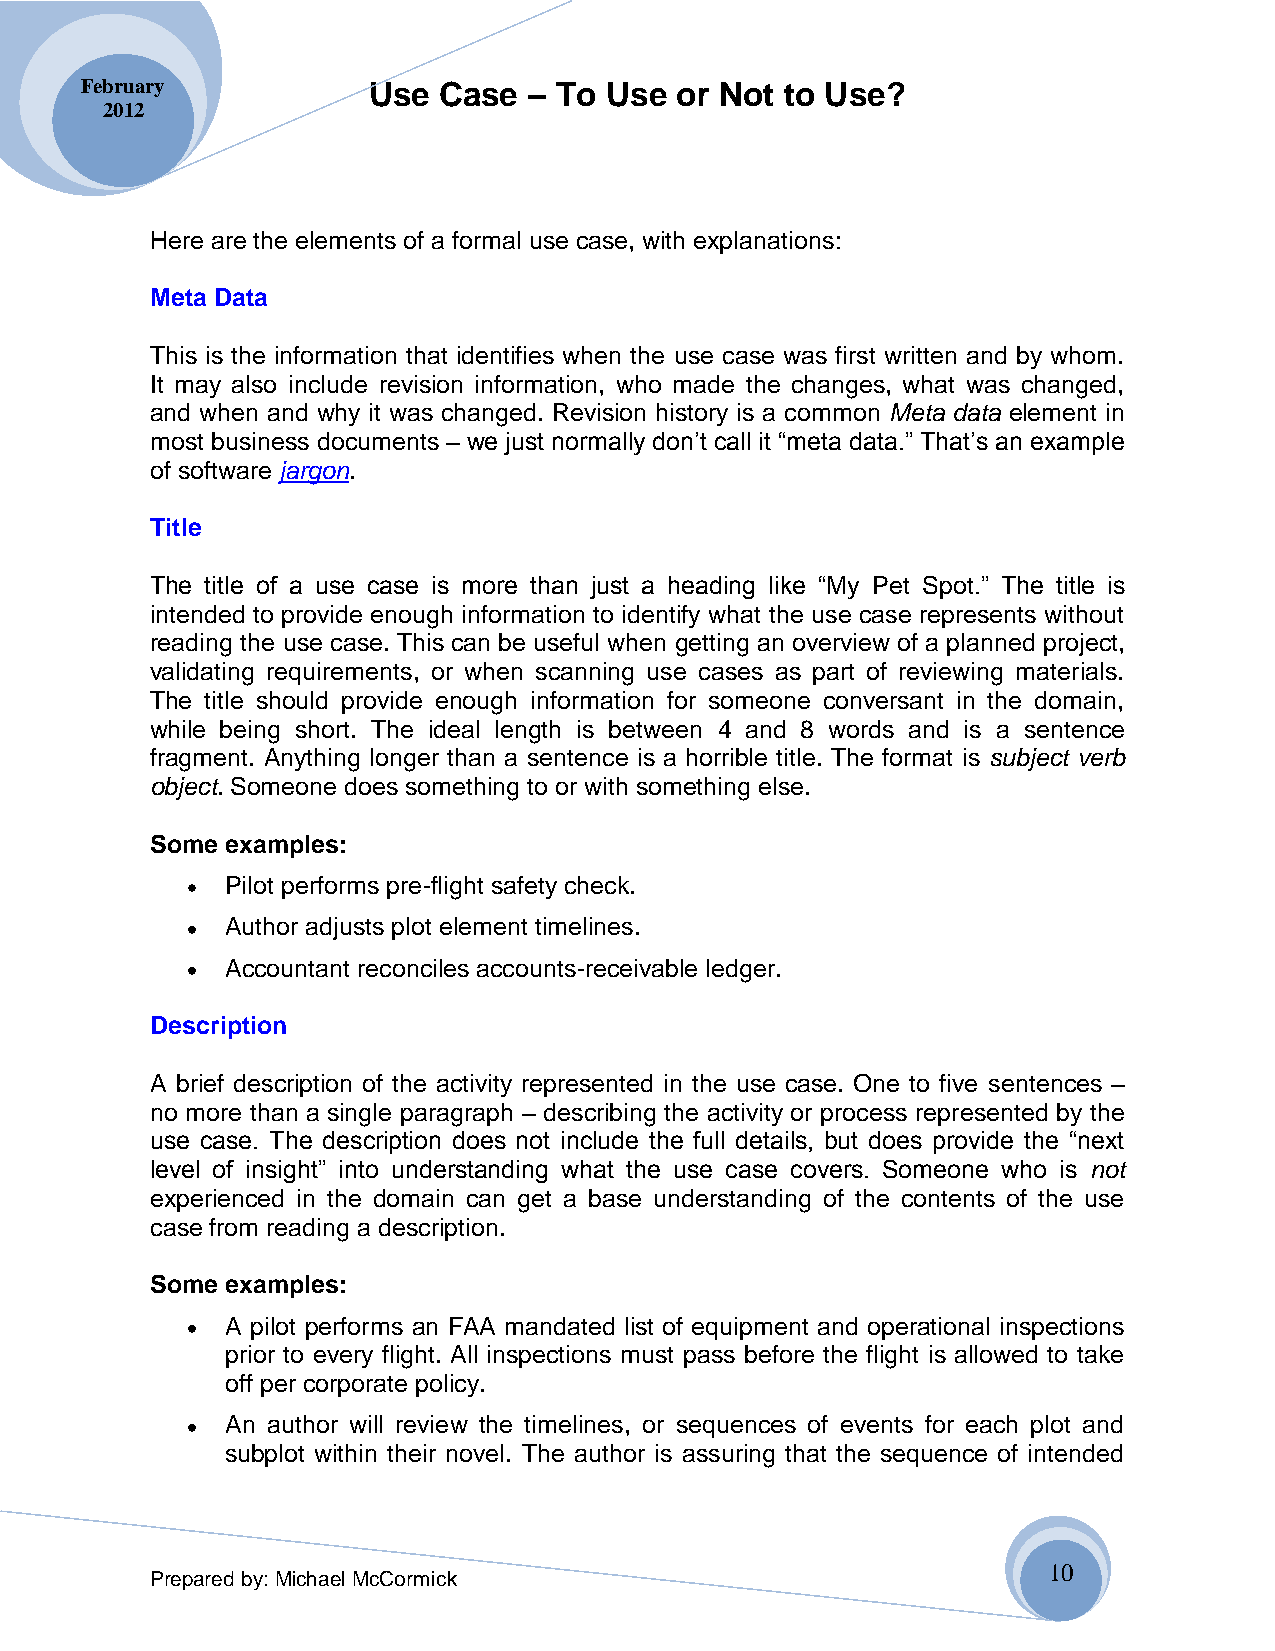
February           Use  Case  – To Use  or Not to Use?
 2012
 Here are the elements of a formal use case, with explanations:
 Meta Data
 This is the information that identifies when the use case was first written and by whom.
 It may also include revision information, who made the changes, what was changed,
 and when and why it was changed. Revision history is a common Meta data element in
 most business documents – we just normally don’t call it “meta data.” That’s an example
 of software jargon.
 Title
 The title of a use case is more than just a heading like “My Pet Spot.” The title is
 intended to provide enough information to identify what the use case represents without
 reading the use case. This can be useful when getting an overview of a planned project,
 validating requirements, or when scanning use cases as part of reviewing materials.
 The title should provide enough information for someone conversant in the domain,
 while being short. The ideal length is between 4 and 8 words and is a sentence
 fragment. Anything longer than a sentence is a horrible title. The format is subject verb
 object. Someone does something to or with something else.
 Some examples:
 Pilot performs pre-flight safety check.
 Author adjusts plot element timelines.
 Accountant reconciles accounts-receivable ledger.
 Description
 A brief description of the activity represented in the use case. One to five sentences –
 no more than a single paragraph – describing the activity or process represented by the
 use case. The description does not include the full details, but does provide the “next
 level of insight” into understanding what the use case covers. Someone who is not
 experienced in the domain can get a base understanding of the contents of the use
 case from reading a description.
 Some examples:
 A pilot performs an FAA mandated list of equipment and operational inspections
 prior to every flight. All inspections must pass before the flight is allowed to take
 off per corporate policy.
 An author will review the timelines, or sequences of events for each plot and
 subplot within their novel. The author is assuring that the sequence of intended
 10
 Prepared by: Michael McCormick